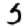
Digit: 5